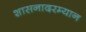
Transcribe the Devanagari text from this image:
शासनादरम्यान